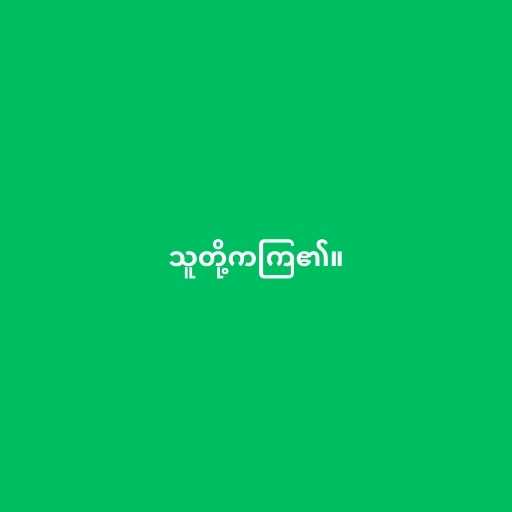
သူတို့ကကြ၏။